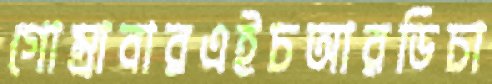
গোম্‌রাবারএইচআরডিচা